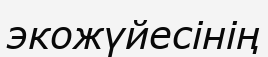
экожүйесінің